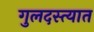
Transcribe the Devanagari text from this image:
गुलदस्त्यात